Report of the Municipal Commissioner on the plague in Bombay for the year ending 31st May... - Volume 2
Disease focus: Plague
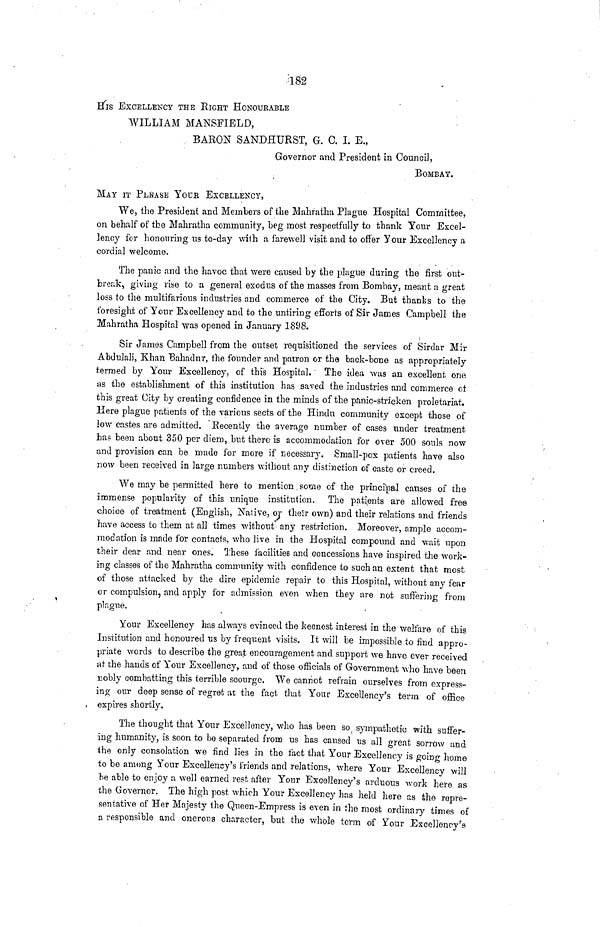
182
His EXCELLENCY THE EIGHT HONOURABLE
WILLIAM MANSFIELD,
. BARON SANDHURST, G. C. I. K,
Governor and President in Council,
BOMBAY.
MAY IT PLEASE YOUR EXCELLENCY,
We, the President and Members of the Mahratha Plague Hospital Committee,
on behalf of the Mahratha community, beg most respectfully to thank Your Excel-
lency for honouring us to-day with a farewell visit and to offer Your Excellency a
cordial welcome.
The panic and the havoc that were caused by the plague during the first out-
break, giving rise to a general exodus of the masses from Bombay, meant a great
loss to the multifarious industries and commerce of the City. But thanks to the
foresight of Your Excellency and to the untiring efforts of Sir James Campbell the
Mahratha Hospital was opened in January 1898.
Sir James Campbell from the outset requisitioned the services of Sirdar Mir
Abdulali, Khan Bahadur, the founder and patron or the back-bone as appropriately
termed by Your Excellency, of this Hospital. The idea was an excellent one
as the establishment of this institution has saved the industries and commerce of
this great City by creating confidence in the minds of the panic-stricken proletariat.
Here plague patients of the various sects of the Hindu community except those of
low castes are admitted. Recently the average number of cases under treatment
has been about 350 per diem, but there is accommodation for over 500 souls now
and provision can be made for more if necessary. Small-pox patients have also
now been received in large numbers without any distinction of caste or creed.
We may be permitted here to mention. some of the principal causes of the
immense popularity of this unique institution. The patients are allowed free
choice of treatment (English, Native, or their own) and their relations and friends
have access to them at all times without'any restriction. Moreover, ample accom-
modation is made for contacts, who live in the Hospital compound and wait upon
their dear and near ones. These i'acilities and concessions have inspired the work-
ing classes of the Mahratha community with confidence to such an extent that most
of those attacked by the dire epidemic repair to this Hospital, without any fear
or compulsion, and apply for admission even when they are not suffering from
plague.
Your Excellency has always evinced the keenest interest in the welfare of this
Institution and honoured us by frequent visits. It will be impossible to find appro-
priate words to describe the great encouragement and support we have ever received
at the hands of Your Excellency, and of those officials of Government \vho have been
nobly combatting this terrible scourge. We cannot refrain ourselves from express-
ing our deep sense of regret at the fact that Your Excellency's term of office
, expires shortly.
The thought that Your Excellency, who has been so, sympathetic with suffer-
ing humanity, is soon to be separated from us has caused us all great sorrow and
the only consolation we find lies in the fact that Your Excellency is goino- home
to be among Your Excellency's friends and relations, where Your Excellency will
be able to enjoy a well earned rest after Your Excellency's arduous work here as
the Governor. The high post which Your Excellency has held here as the repre-
sentative of Her Majesty the Queen-Empress is even in the most ordinary times of
a responsible and onerous character, but the whole term of Your Excellency's